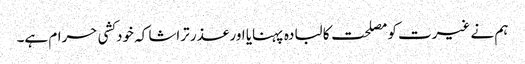
ہم نے غیرت کو مصلحت کا لبادہ پہنایا اور عذر تراشا کہ خودکشی حرام ہے۔